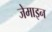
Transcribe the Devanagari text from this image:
जेमाइन